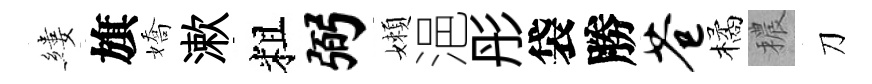
縷旗嬌漱粗弼嬾浥彤袋勝苍橘穠刀